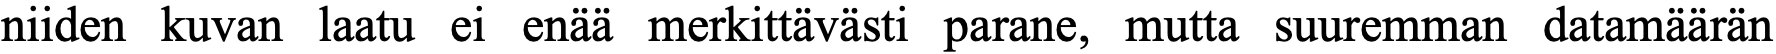
niiden kuvan laatu ei enää merkittävästi parane, mutta suuremman datamäärän